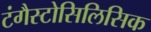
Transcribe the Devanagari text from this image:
टंगैस्टोसिलिसिक